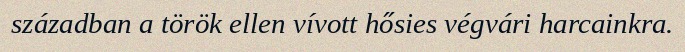
században a török ellen vívott hősies végvári harcainkra.